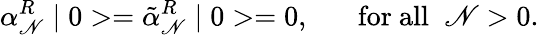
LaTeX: \alpha_{\mathscr{N}}^{R}\mid0>=\tilde{{\alpha}}_{\mathscr{N}}^{R}\mid0>=0,\; \; \; \; \; \; \mathrm{{for~all}}\; \; \mathscr{N}>0.